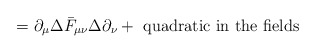
\begin{align*}=\partial_\mu\Delta\bar{F}_{\mu\nu}\Delta\partial_\nu+\textrm{ quadratic in the fields}\end{align*}